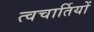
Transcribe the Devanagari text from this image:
त्वचार्तियों